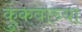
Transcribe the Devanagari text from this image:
कुंकवाच्या